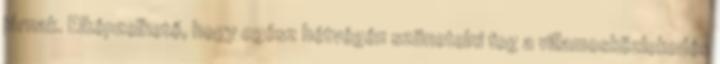
járnak. Elképzelhető, hogy egész hétvégén szünetelni fog a villamosközlekedés